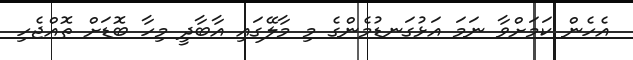
އެހެން ކަމަށްވާ ނަމަ އަޅުގަނޑުމެންގެ މި މާލޭގައި އާބާދީ މިހާ ބޮޑަށް ތޮއްޖެހި